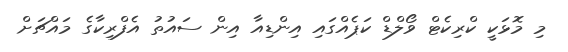
މި މޮޅަކީ ކްރިކެޓް ވޯލްޑް ކަޕެއްގައި އިންޑިއާ އިން ސައުތު އެފްރިކާގެ މައްޗަށް